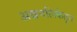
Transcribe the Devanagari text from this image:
अन्ननलिकेतून